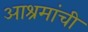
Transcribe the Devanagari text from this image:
आश्रमांची